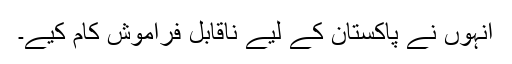
انہوں نے پاکستان کے لیے ناقابل فراموش کام کیے۔